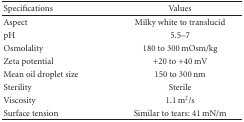
<table><thead><tr><td><b>Specifications</b></td><td><b>Values</b></td></tr></thead><tbody><tr><td>Aspect</td><td>Milky white to translucid</td></tr><tr><td>pH</td><td>5.5–7</td></tr><tr><td>Osmolality</td><td>180 to 300 mOsm/kg</td></tr><tr><td>Zeta potential</td><td>+20 to +40 mV</td></tr><tr><td>Mean oil droplet size</td><td>150 to 300 nm</td></tr><tr><td>Sterility</td><td>Sterile</td></tr><tr><td>Viscosity</td><td>1.1 m2/s</td></tr><tr><td>Surface tension</td><td>Similar to tears: 41 mN/m</td></tr></tbody></table>